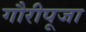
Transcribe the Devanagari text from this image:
गौरीपूजा